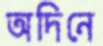
অদিনে